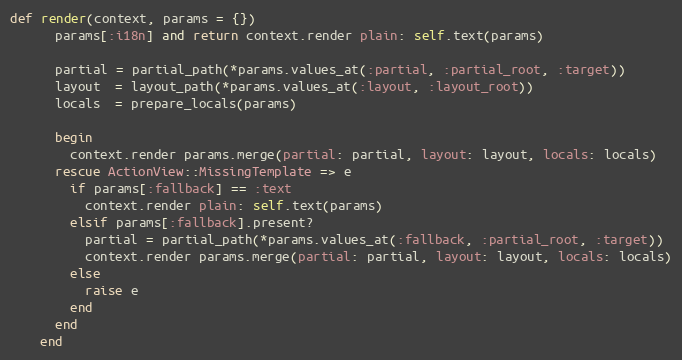
Language: Ruby
def render(context, params = {})
      params[:i18n] and return context.render plain: self.text(params)

      partial = partial_path(*params.values_at(:partial, :partial_root, :target))
      layout  = layout_path(*params.values_at(:layout, :layout_root))
      locals  = prepare_locals(params)

      begin
        context.render params.merge(partial: partial, layout: layout, locals: locals)
      rescue ActionView::MissingTemplate => e
        if params[:fallback] == :text
          context.render plain: self.text(params)
        elsif params[:fallback].present?
          partial = partial_path(*params.values_at(:fallback, :partial_root, :target))
          context.render params.merge(partial: partial, layout: layout, locals: locals)
        else
          raise e
        end
      end
    end